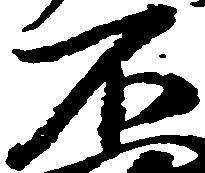
不